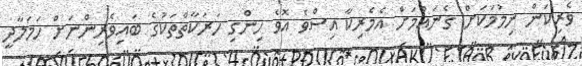
ވެރިކަން ނިމުމަކަށް ގެނައުމަށް އެމެރިކާ އިސްވެ އޮވެ ހިންގި ހަރަކާތްތަކުގެ ބައިވެރިންނަށް ހަމަލާދީ